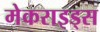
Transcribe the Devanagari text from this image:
मेकराइड्स